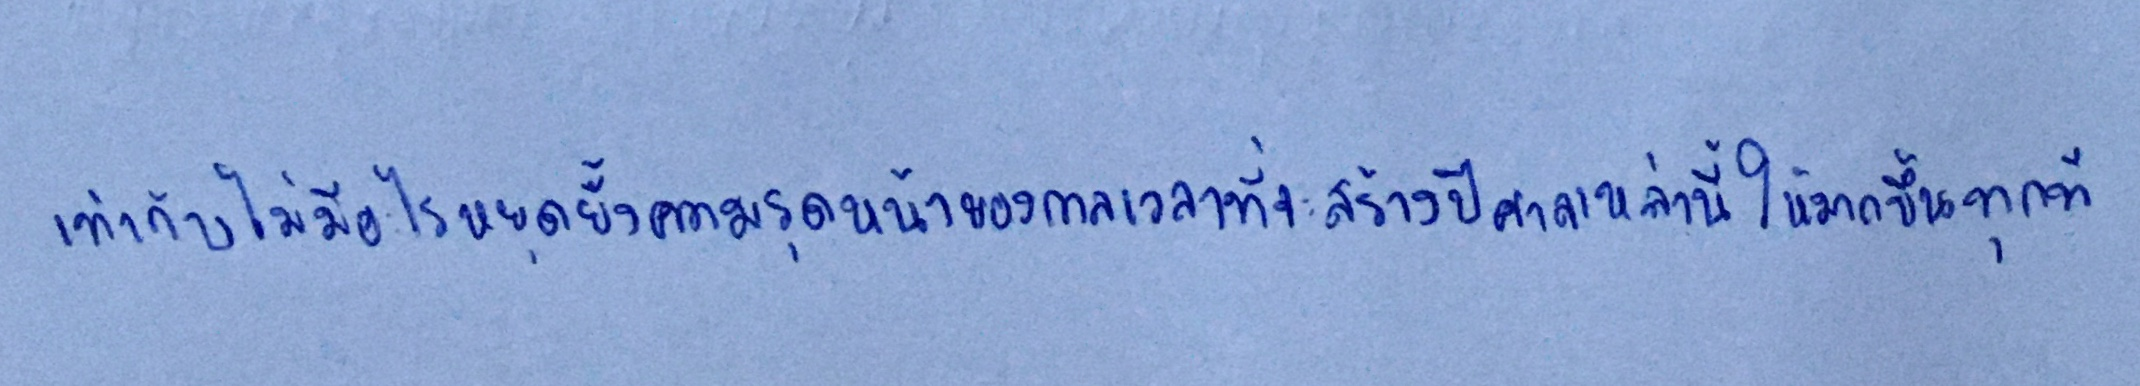
เท่ากับไม่มีอะไรหยุดยั้งความรุดหน้าของกาลเวลาที่จะสร้างปีศาจเหล่านี้ให้มากขึ้นทุกที